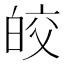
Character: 皎